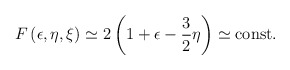
\begin{align*}F\left(\epsilon,\eta,\xi\right) \simeq 2 \left(1 + \epsilon - {3 \over 2} \eta \right) \simeq {\rm const.}\end{align*}